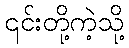
၎င်းတို့ကဲ့သို့